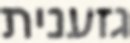
גזענית